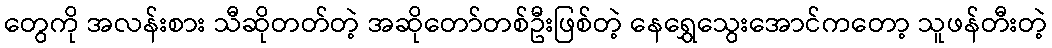
တွေကို အလန်းစား သီဆိုတတ်တဲ့ အဆိုတော်တစ်ဦးဖြစ်တဲ့ နေရွှေသွေးအောင်ကတော့ သူဖန်တီးတဲ့